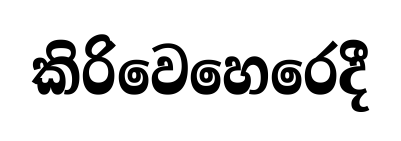
කිරිවෙහෙරෙදී